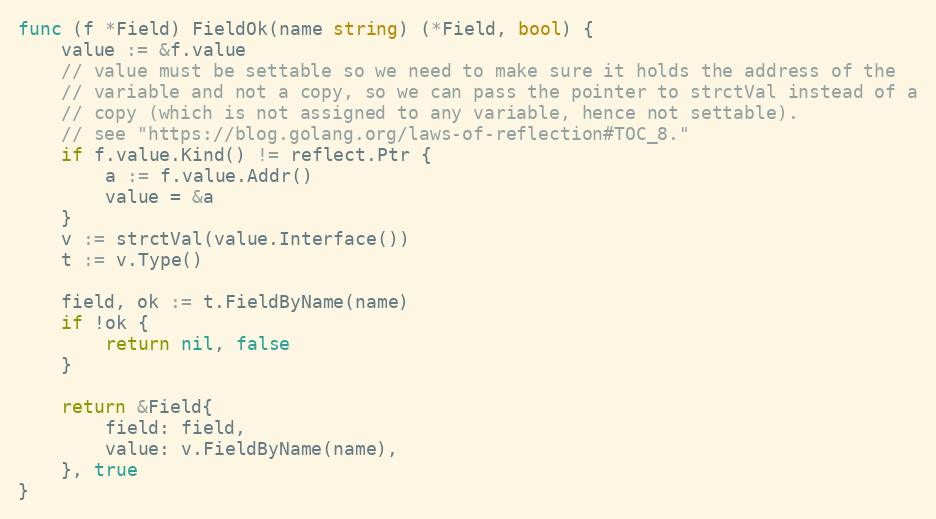
Language: Go
func (f *Field) FieldOk(name string) (*Field, bool) {
	value := &f.value
	// value must be settable so we need to make sure it holds the address of the
	// variable and not a copy, so we can pass the pointer to strctVal instead of a
	// copy (which is not assigned to any variable, hence not settable).
	// see "https://blog.golang.org/laws-of-reflection#TOC_8."
	if f.value.Kind() != reflect.Ptr {
		a := f.value.Addr()
		value = &a
	}
	v := strctVal(value.Interface())
	t := v.Type()

	field, ok := t.FieldByName(name)
	if !ok {
		return nil, false
	}

	return &Field{
		field: field,
		value: v.FieldByName(name),
	}, true
}